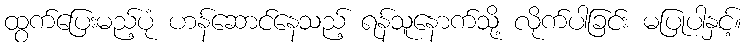
ထွက်ပြေးမည့်ပုံ ဟန်ဆောင်နေသည့် ရန်သူနောက်သို့ လိုက်ပါခြင်း မပြုပါနှင့်။